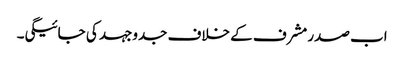
اب صدرمشرف کے خلاف جدوجہد کی جائیگی۔